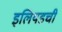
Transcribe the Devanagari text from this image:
इलियडची